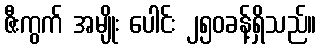
ဇီးကွက် အမျိုး ပေါင်း ၂၅၀ခန့်ရှိသည်။